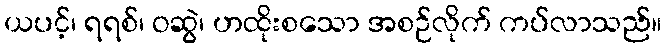
ယပင့်၊ ရရစ်၊ ဝဆွဲ၊ ဟထိုးစသော အစဉ်လိုက် ကပ်လာသည်။